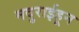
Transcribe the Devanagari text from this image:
मदुराईहून